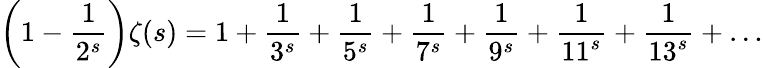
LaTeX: \left(1-{\frac{1}{2^{s}}}\right)\zeta(s)=1+{\frac{1}{3^{s}}}+{\frac{1}{5^{s}}}+{\frac{1}{7^{s}}}+{\frac{1}{9^{s}}}+{\frac{1}{11^{s}}}+{\frac{1}{13^{s}}}+\ldots